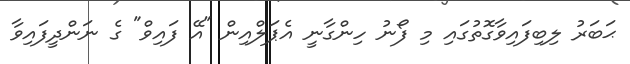
ޙަބަރު ލިބިފައިވާގޮތުގައި މި ފޯނު ހިންގާނީ އެޕަލްއިން "އޭ ފައިވް" ގެ ނަންދީފައިވާ